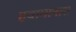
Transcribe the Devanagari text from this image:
हवामानास